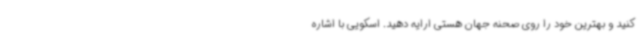
کنید و بهترین خود را روی صحنه جهان هستی ارایه دهید. اسکویی با اشاره